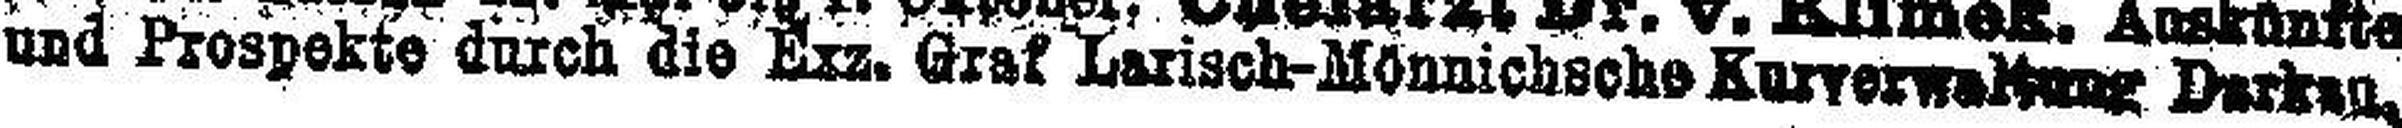
und Prospekte durch die Exz. Graf Larisch-Mönnichsche Kurverwaltung Darken.